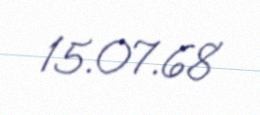
15.07.68